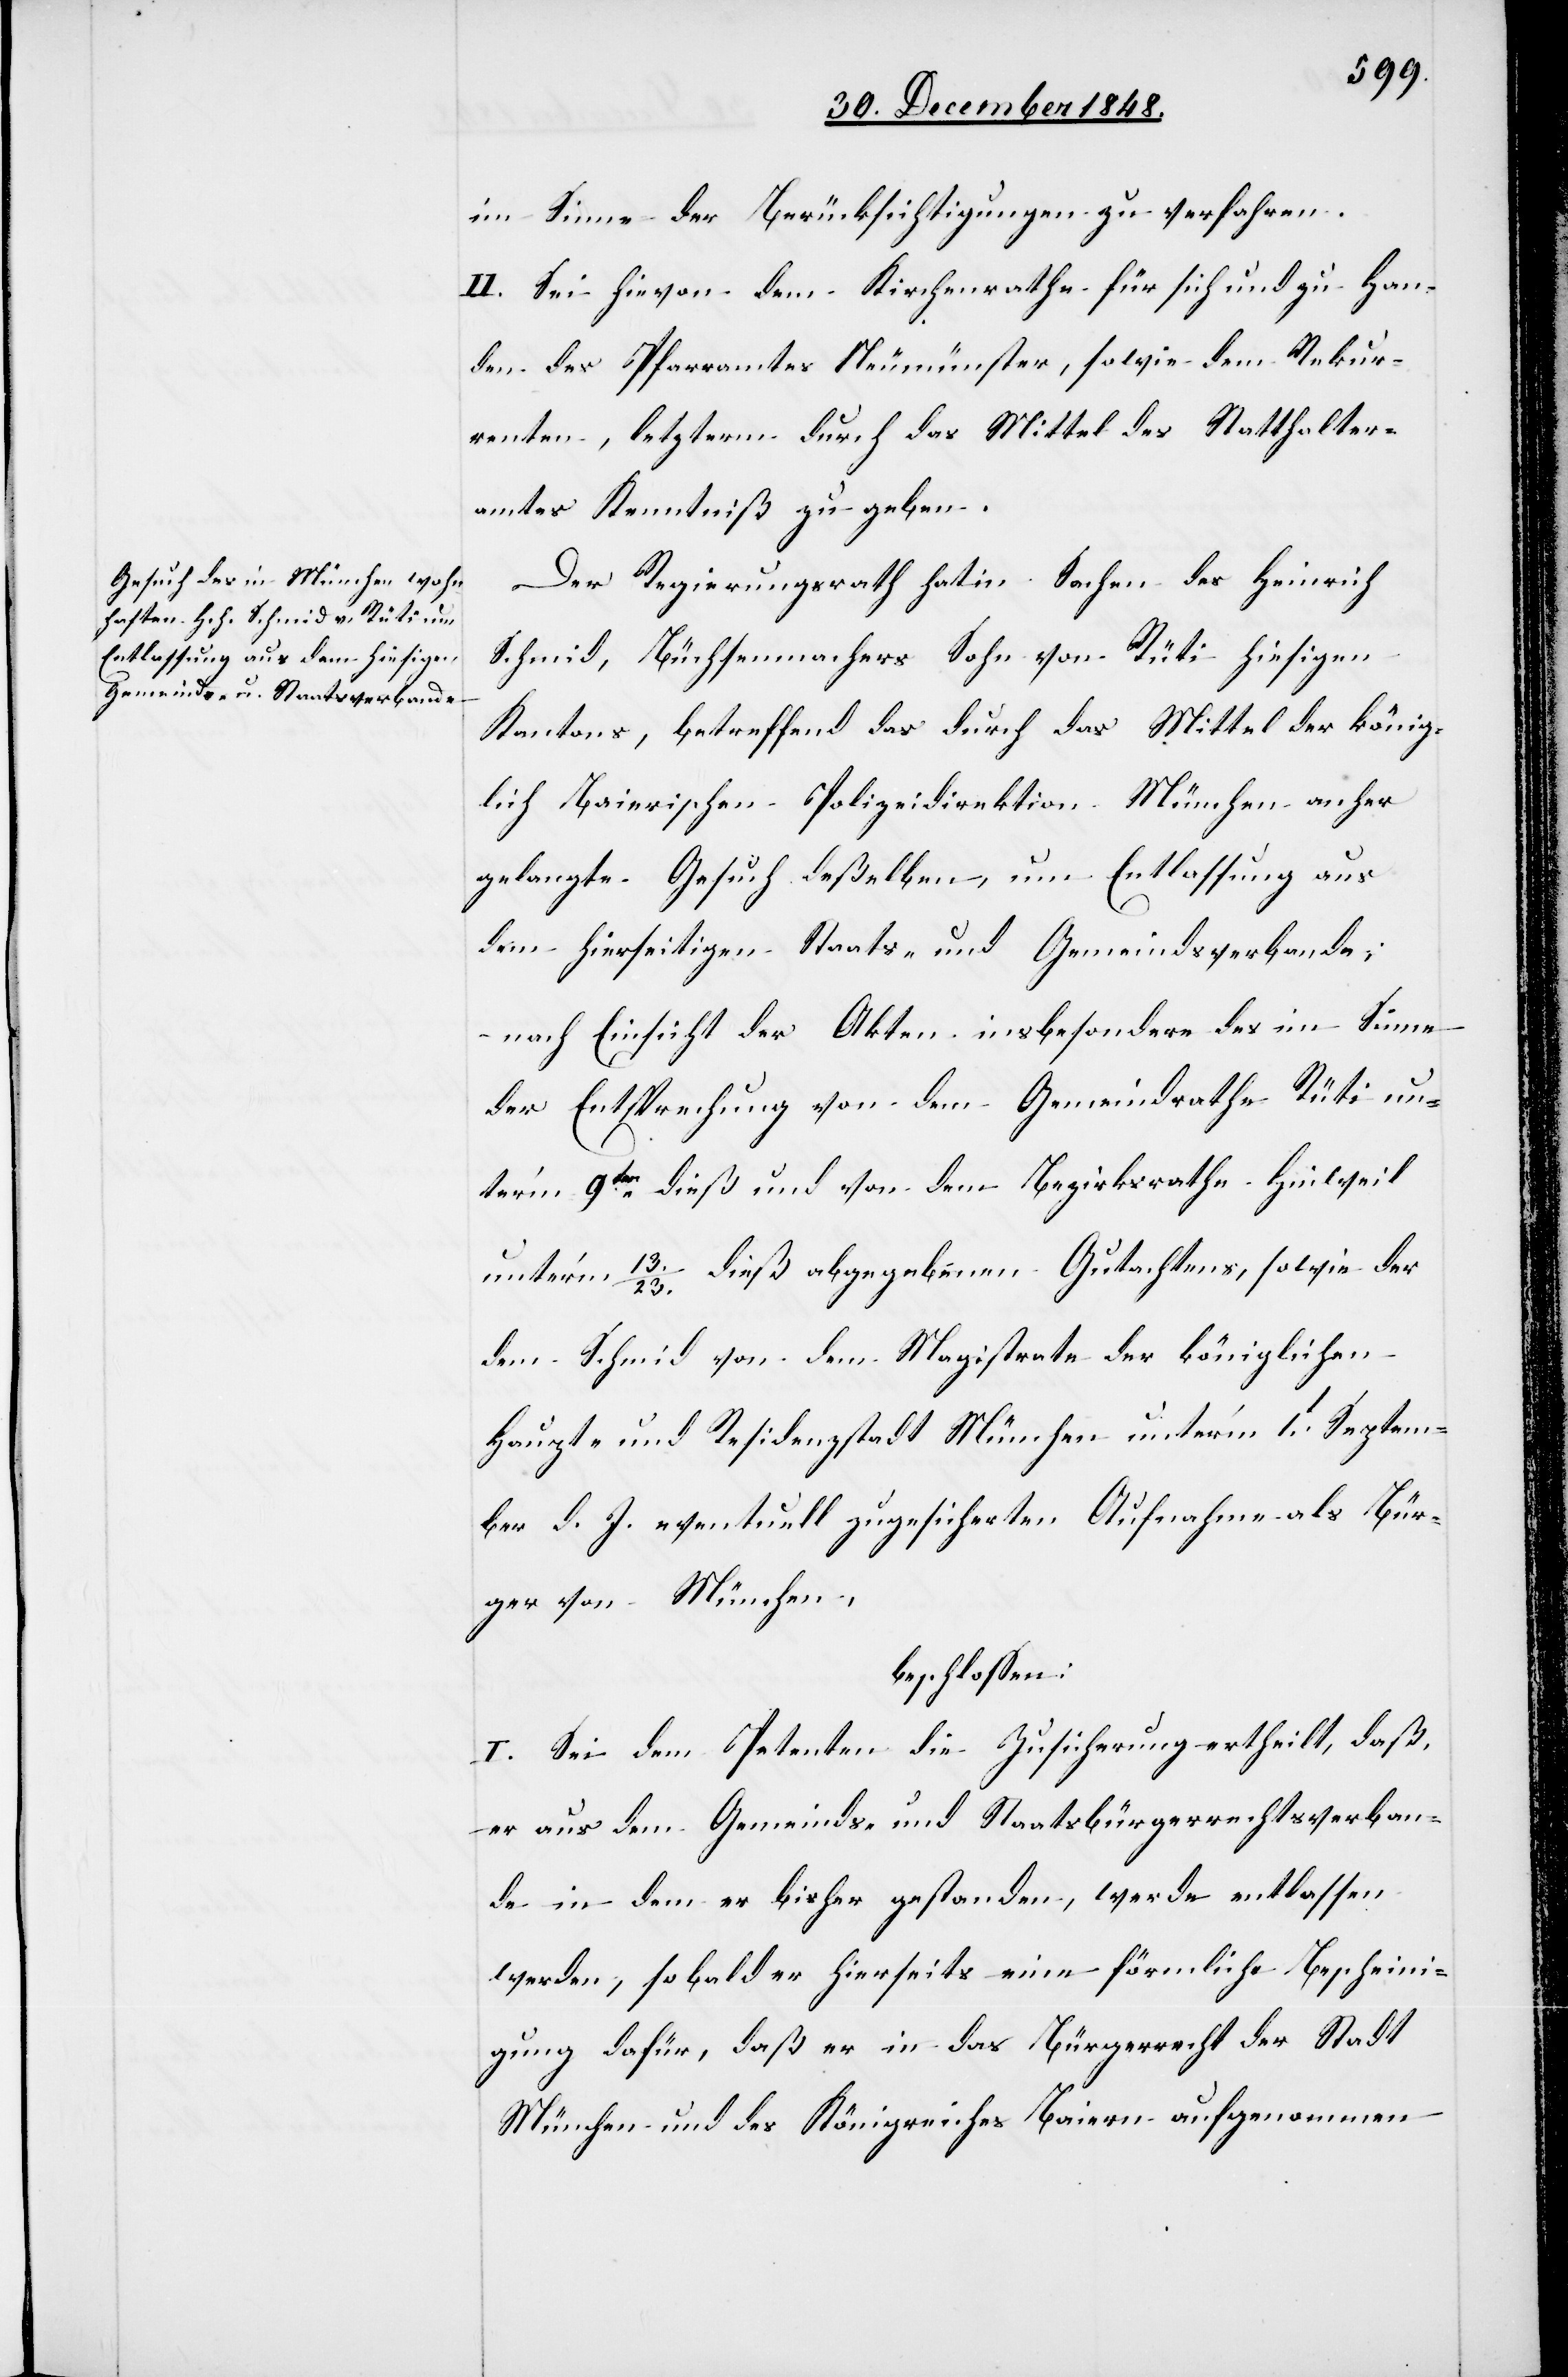
im Sinne der Berücksichtigungen zu verfahren.
II. Sei hievon dem Kirchenrathe für sich und zu Han¬
den des Pfarramtes Neumünster, sowie dem Rekur¬
renten, letzterm durch das Mittel des Statthalter¬
amtes Kenntniß zu geben.
Der Regierungsrath hat in Sachen des Heinrich
Schmid, Büchsenmachers Sohn von Rüti hiesigen
Kantons, betreffend das durch das Mittel der könig¬
lich Baierischen Polizeidirektion München anher
gelangte Gesuch deßelben, um Entlassung aus
dem hierseitigen Staats- und Gemeindsverbande;
nach Einsicht der Akten insbesondere des im Sinne
der Entsprechung von dem Gemeindrathe Rüti un¬
ter’m 9ten dieß und von dem Bezirksrathe Hinweil
unter’m 13./23. dieß abgegebenen Gutachtens, sowie der
dem Schmid von dem Magistrate der königlichen
Haupt- und Residenzstadt München unter’m 1t Septem¬
ber d. J. eventuell zugesicherten Aufnahme als Bür¬
ger von München,
beschlossen:
I. Sei dem Petenten die Zusicherung ertheilt, daß,
er aus dem Gemeinds- und Staatsbürgerrechtsverban¬
de in dem er bisher gestanden, werde entlassen
werden, sobald er hierseits eine förmliche Bescheini¬
gung dafür, daß er in das Bürgerrecht der Stadt
München und des Königreiches Baiern aufgenommen